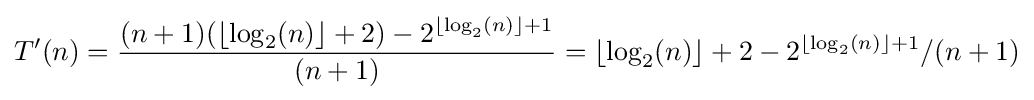
T'(n)={\frac {(n+1)(\lfloor \log _{2}(n)\rfloor +2)-2^{\lfloor \log _{2}(n)\rfloor +1}}{(n+1)}}=\lfloor \log _{2}(n)\rfloor +2-2^{\lfloor \log _{2}(n)\rfloor +1}/(n+1)